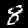
Label: 8